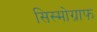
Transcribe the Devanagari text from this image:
सिस्मोग्राफ